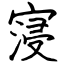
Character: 寖